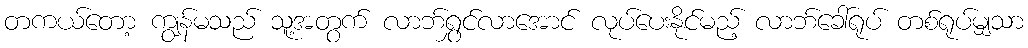
တကယ်တော့ ကျွန်မသည် သူ့အတွက် လာဘ်ရွှင်လာအောင် လုပ်ပေးနိုင်မည့် လာဘ်ခေါ်ရုပ် တစ်ရုပ်မျှသာ